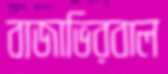
বাজাভিরবাল